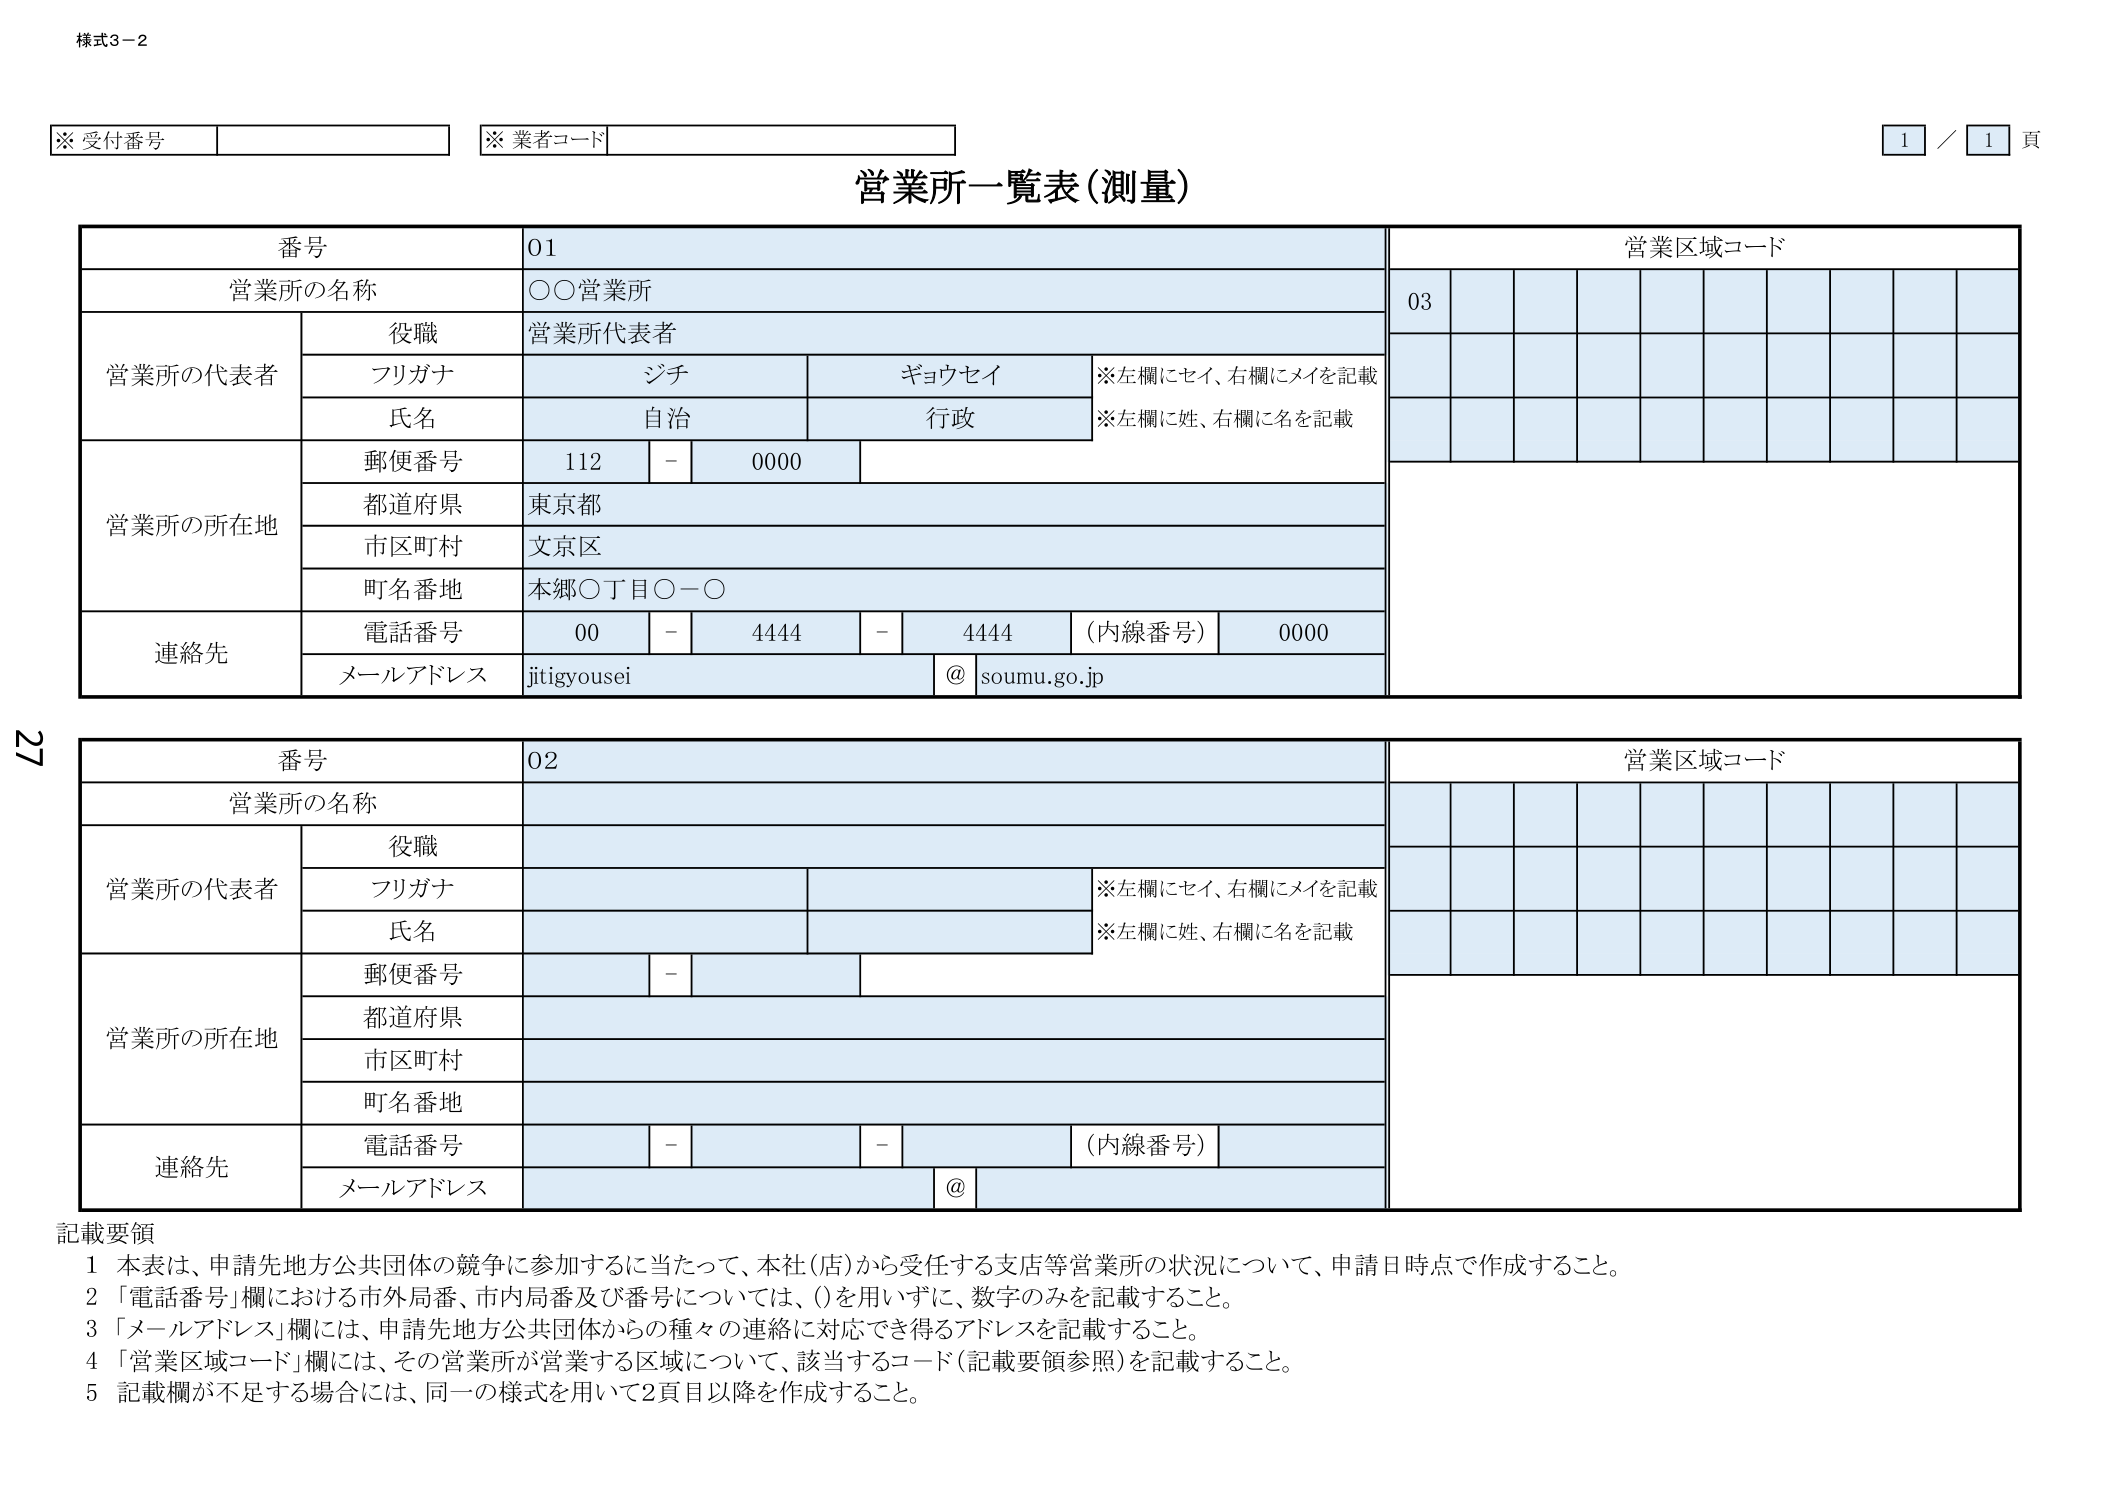
様式3-2

※ 受付番号
※ 業者コード

営業所一覧表（測量）

番号 01
営業所の名称 ○○営業所
営業所の代表者
　役職 営業所代表者
　フリガナ ジチ ギョウセイ
　氏名 自治 行政
　※左欄にセイ、右欄にメイを記載
　※左欄に姓、右欄に名を記載
営業所の所在地
　郵便番号 112 - 0000
　都道府県 東京都
　市区町村 文京区
　町名番地 本郷○丁目○－○
連絡先
　電話番号 00 - 4444 - 4444 （内線番号） 0000
　メールアドレス jitigyousei @ soumu.go.jp

営業区域コード
03

番号 02
営業所の名称
営業所の代表者
　役職
　フリガナ
　氏名
　※左欄にセイ、右欄にメイを記載
　※左欄に姓、右欄に名を記載
営業所の所在地
　郵便番号 -
　都道府県
　市区町村
　町名番地
連絡先
　電話番号 - - （内線番号）
　メールアドレス @

営業区域コード

記載要領
1 本表は、申請先地方公共団体の競争に参加するに当たって、本社（店）から受任する支店等営業所の状況について、申請日時点で作成すること。
2 「電話番号」欄における市外局番、市内局番及び番号については、()を用いずに、数字のみを記載すること。
3 「メールアドレス」欄には、申請先地方公共団体からの種々の連絡に対応でき得るアドレスを記載すること。
4 「営業区域コード」欄には、その営業所が営業する区域について、該当するコード（記載要領参照）を記載すること。
5 記載欄が不足する場合には、同一の様式を用いて2頁目以降を作成すること。

1 / 1 頁

27